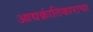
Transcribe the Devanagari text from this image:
आद्यक्रांतिकाराचा